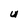
Character: u